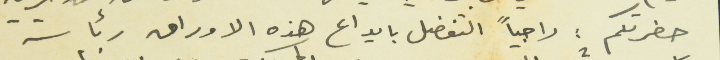
حضرتكم : راجياً التفضل بايداع هذه الاوراق رئاسة